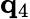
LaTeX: {\mathbf q}_{4}